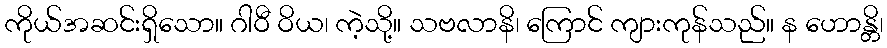
ကိုယ်အဆင်းရှိသော။ ဂါဝီ ဝိယ၊ ကဲ့သို့။ သဗလာနိ၊ ကြောင် ကျားကုန်သည်။ န ဟောန္တိ၊